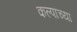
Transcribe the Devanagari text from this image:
कल्पाच्या